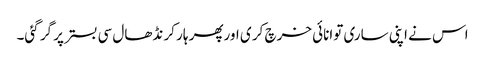
اس نے اپنی ساری توانائی خرچ کر ی اورپھر ہار کر نڈھال سی بستر پر گر گئی۔